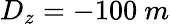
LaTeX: D_{z}=-100~m